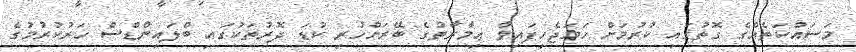
މަސައްކަތެއްގެ ގޮތުގައި ކުރުމަށް ހަމަޖެހިފައިވާ ޢިމާރާތުގެ ބޭރަށްހުރި ކުޑަ ދޮރުތަކުގައި ބްލައިންޑްސް ހަރުކުރުމުގެ